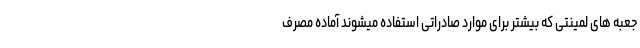
جعبه های لمینتی که بیشتر برای موارد صادراتی استفاده میشوند آماده مصرف